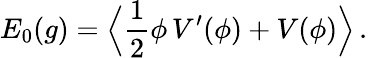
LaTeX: E_{0}(g)=\Big\langle{\frac{1}{2}}\phi\, V^{\prime}(\phi)+V(\phi)\Big\rangle\, .